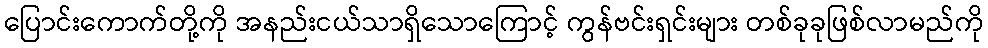
ပြောင်းကောက်တို့ကို အနည်းငယ်သာရှိသောကြောင့် ကွန်ဗင်းရှင်းများ တစ်ခုခုဖြစ်လာမည်ကို